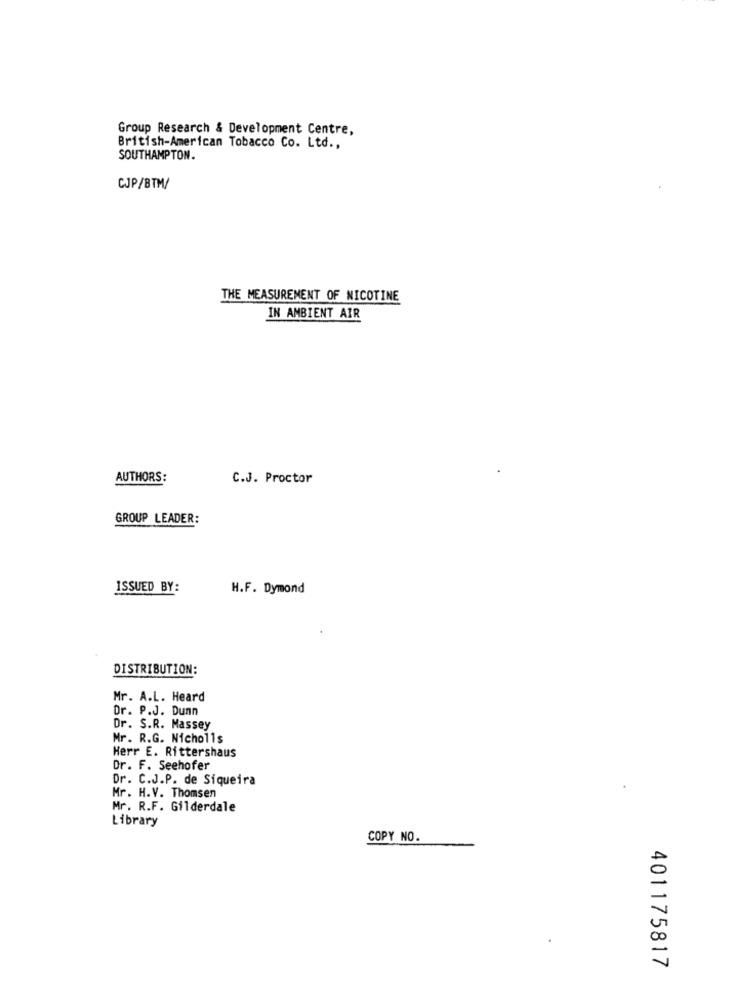
Group Research & Development Centre,
British-American Tobacco Co. Ltd .,
SOUTHAMPTON.
CJP/BTW/
THE MEASUREMENT OF NICOTINE
IN AMBIENT AIR
AUTHORS:
C.J. Proctor
GROUP LEADER:
ISSUED BY:
H.F. Dymond
DISTRIBUTION:
Mr. A.L. Heard
Dr. P.J. Dunn
Dr. S.R. Massey
Mr. R.G. Nicholls
Herr E. Rittershaus
Dr. F. Seehofer
Dr. C.J.P. de Siqueira
Mr. H.V. Thomsen
Mr. R.F. Gilderdale
Library
COPY NO.
401175817